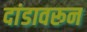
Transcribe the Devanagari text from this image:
दांडावरून